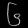
Digit: ၆